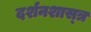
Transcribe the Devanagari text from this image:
दर्शनशास्‍त्र